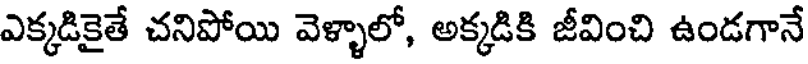
ఎక్కడికైతే చనిపోయి వెళ్ళాలో, అక్కడికి జీవించి ఉండగానే